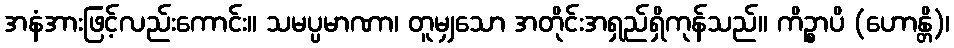
အနံအားဖြင့်လည်းကောင်း။ သမပ္ပမာဏာ၊ တူမျှသော အတိုင်းအရှည်ရှိကုန်သည်။ ကိဉ္စာပိ (ဟောန္တိ)၊